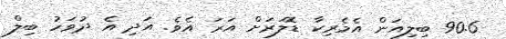
90.6 ބިލިއަން އެމެރިކާ ޑޮލަރަށް އަރަ އެވެ. އަދި އެ ދުވަހު ބިލް